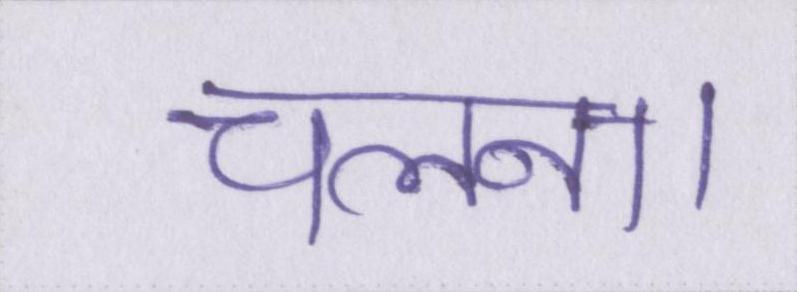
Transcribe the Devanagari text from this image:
चलना।